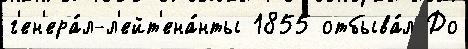
г'ен'ера́л-л'ейт'ена́нты 1855 отбыва́л До